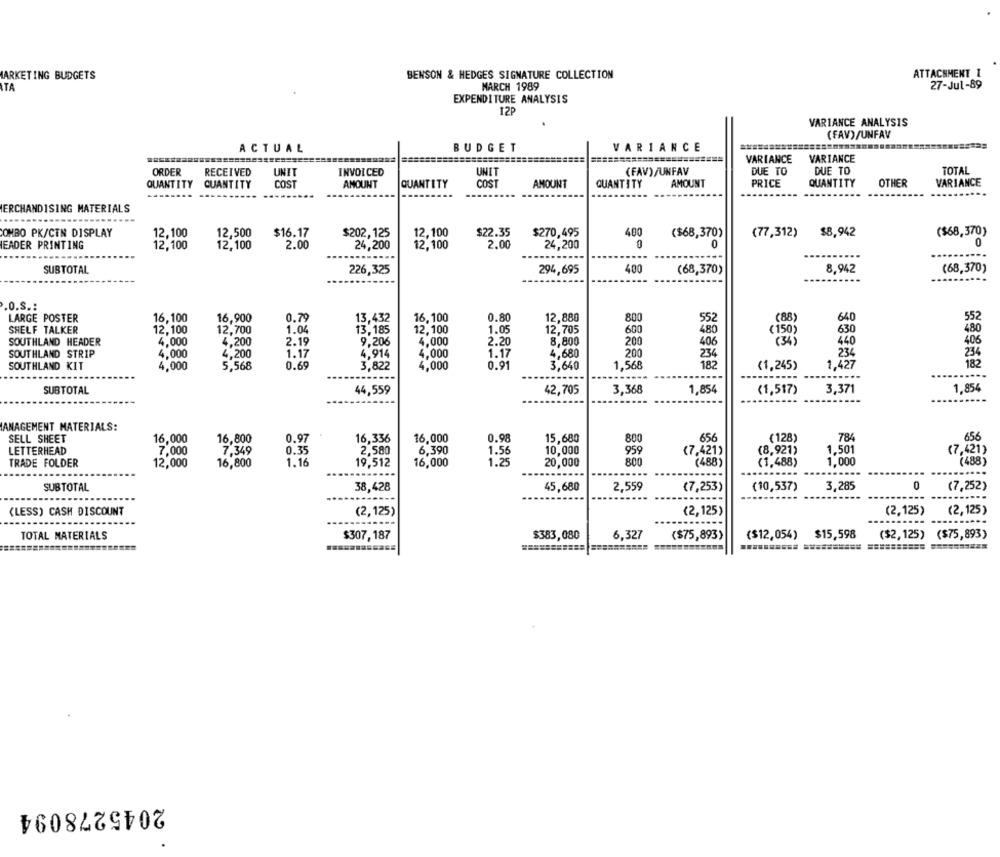
MARKETING BUDGETS
BENSON & HEDGES SIGNATURE COLLECTION
ATTACHMENT I
MARCH 1989
27-Jul-89
TA
EXPENDITURE ANALYSIS
12P
VARIANCE ANALYSIS
(FAV)/UNFAV
BUDGET
VARIANCE
========
ACTUAL
VARIANCE
VARIANCE
ORDER
RECEIVED
UNIT
INVOICED
UNIT
(FAV)/UNFAV
DUE TO
DUE TO
TOTAL
QUANTITY
QUANTITY
COST
AMOUNT
QUANTITY
COST
AMOUNT
QUANTITY
AMOUNT
PRICE
QUANTITY
OTHER
VARIANCE
MERCHANDISING MATERIALS
COMBO PK/CTN DISPLAY
$16.17
$202,125
400
(77,312)
$8,942
($68,370)
12,100
12,500
12,100
$22.35
$270,495
($68,370)
EADER PRINTING
12,100
12,100
2.00
24,200
2.00
24,200
0
0
0
....
..
SUBTOTAL
226,325
294,695
400
(68,370)
8,942
(68,370)
.......
.O.S .:
LARGE POSTER
16,100
16,900
0.79
13,432
16,100
0.80
12,880
(88)
552
800
552
640
480
SHELF TALKER
12,100
12,700
1.04
13,185
12,100
1.05
12,705
600
480
(150
630
SOUTHLAND HEADER
4,000
4.200
2.19
9,206
4,000
2.20
8,800
200
406
(34)
440
406
SOUTHLAND STRIP
1.17
4.000
1.17
4,680
234
4,000
4,200
4,914
200
234
234
SOUTHLAND KIT
4,000
5,568
0.69
3,822
4,000
0.91
3,640
1,568
182
(1,245)
1,427
182
--------
-----
SUBTOTAL
44,559
42,705
3,368
1,854
(1,517)
3,371
1,85
---
ANAGEMENT MATERIALS:
SELL SHEET
16,000
16,800
0.97
16,336
16,000
0.98
15,680
(128)
656
800
656
784
LETTERHEAD
7,000
7,349
0.35
2,580
6.390
1.56
10,000
959
(7,421)
(8,921)
1,501
(7,421)
TRADE FOLDER
12,000
16,800
1.16
19,512
16,000
20,000
800
(488
(1,488)
1,000
(488)
....------
SUBTOTAL
38,428
45,680
2,559
(7,253)
(10,537)
3,285
0
(7,252)
-------
(LESS) CASH DISCOUNT
(2,125)
(2,125)
(2,125)
(2,125)
TOTAL MATERIALS
$307,187
$383,080
6.327
($75,893)
($12,054)
$15,598
($2,125)
($75,893)
==========
2045278094